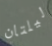
ليلتان